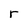
Character: r